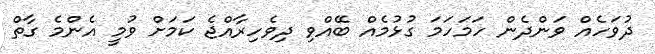
ދުވަހެއް ވަންދެން ހަމަހަމަ ގުޅުމެއް ބޭއްވި ދިވެހިރާއްޖެ ކަމަށް ވުމީ އެންމެ ގާތް